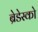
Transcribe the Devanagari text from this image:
ब्रेडेस्को